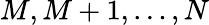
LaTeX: M,M+1,\dots,N